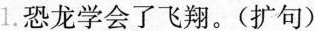
1. 恐龙学会了飞翔。(扩句)